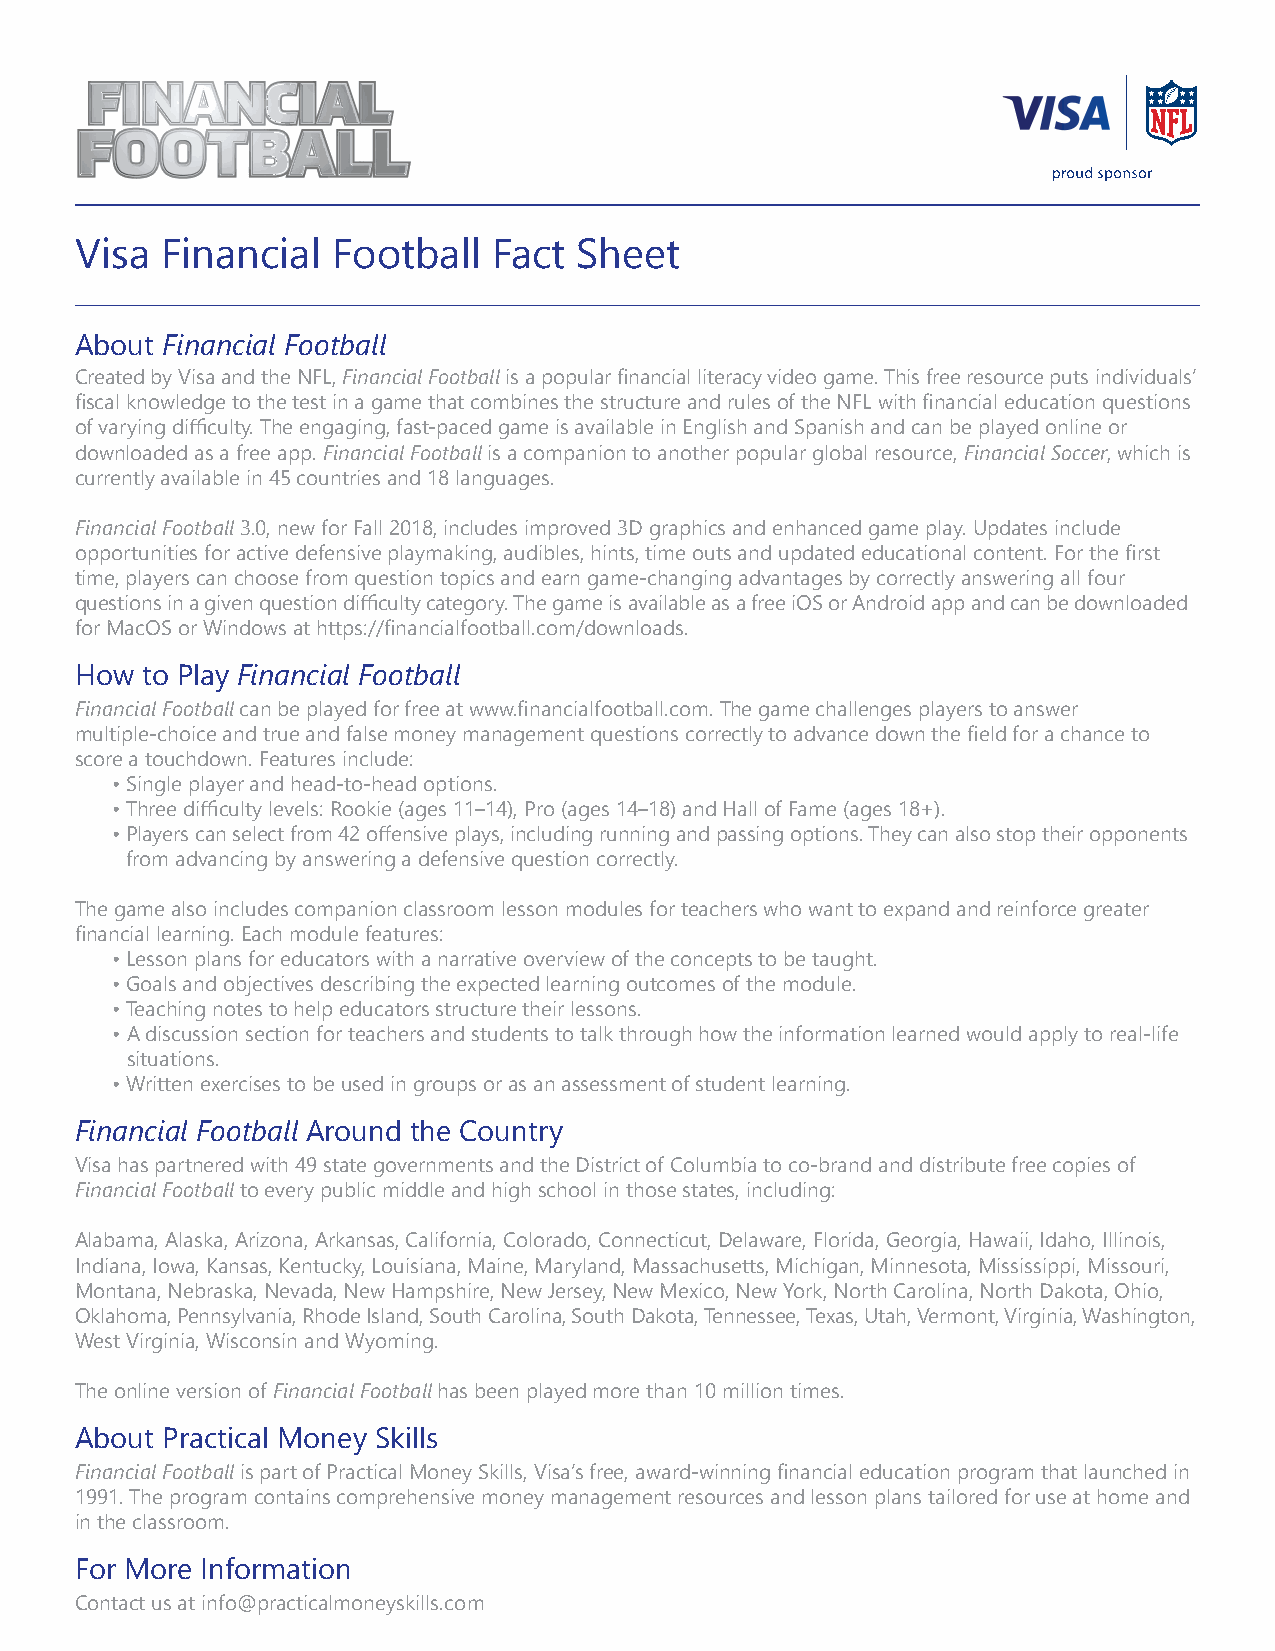
Visa  Financial  Football   Fact Sheet
 About Financial Football
 Created by Visa and the NFL, Financial Football is a popular financial literacy video game. This free resource puts individuals’
 fiscal knowledge to the test in a game that combines the structure and rules of the NFL with financial education questions
 of varying difficulty. The engaging, fast-paced game is available in English and Spanish and can be played online or
 downloaded as a free app. Financial Football is a companion to another popular global resource, Financial Soccer, which is
 currently available in 45 countries and 18 languages.
 Financial Football 3.0, new for Fall 2018, includes improved 3D graphics and enhanced game play. Updates include
 opportunities for active defensive playmaking, audibles, hints, time outs and updated educational content. For the first
 time, players can choose from question topics and earn game-changing advantages by correctly answering all four
 questions in a given question difficulty category. The game is available as a free iOS or Android app and can be downloaded
 for MacOS or Windows at https://financialfootball.com/downloads.
 How to Play Financial Football
 Financial Football can be played for free at www.financialfootball.com. The game challenges players to answer
 multiple-choice and true and false money management questions correctly to advance down the field for a chance to
 score a touchdown. Features include:
 • Single player and head-to-head options.
 • Three difficulty levels: Rookie (ages 11–14), Pro (ages 14–18) and Hall of Fame (ages 18+).
 • P layers can select from 42 offensive plays, including running and passing options. They can also stop their opponents
 from advancing by answering a defensive question correctly.
 The game also includes companion classroom lesson modules for teachers who want to expand and reinforce greater
 financial learning. Each module features:
 • Lesson plans for educators with a narrative overview of the concepts to be taught.
 • Goals and objectives describing the expected learning outcomes of the module.
 • Teaching notes to help educators structure their lessons.
 • A discussion section for teachers and students to talk through how the information learned would apply to real-life
 situations.
 • Written exercises to be used in groups or as an assessment of student learning.
 Financial Football Around the Country
 Visa has partnered with 49 state governments and the District of Columbia to co-brand and distribute free copies of
 Financial Football to every public middle and high school in those states, including:
 Alabama, Alaska, Arizona, Arkansas, California, Colorado, Connecticut, Delaware, Florida, Georgia, Hawaii, Idaho, Illinois,
 Indiana, Iowa, Kansas, Kentucky, Louisiana, Maine, Maryland, Massachusetts, Michigan, Minnesota, Mississippi, Missouri,
 Montana, Nebraska, Nevada, New Hampshire, New Jersey, New Mexico, New York, North Carolina, North Dakota, Ohio,
 Oklahoma, Pennsylvania, Rhode Island, South Carolina, South Dakota, Tennessee, Texas, Utah, Vermont, Virginia, Washington,
 West Virginia, Wisconsin and Wyoming.
 The online version of Financial Football has been played more than 10 million times.
 About Practical Money Skills
 Financial Football is part of Practical Money Skills, Visa’s free, award-winning financial education program that launched in
 1991. The program contains comprehensive money management resources and lesson plans tailored for use at home and
 in the classroom.
 For More Information
 Contact us at info@practicalmoneyskills.com